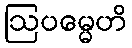
ဩပမ္မေဟိ